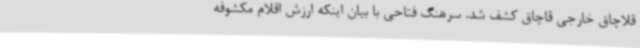
قلاچاق خارجی قاچاق کشف شد. سرهنگ فتاحی با بیان اینکه ارزش اقلام مکشوفه